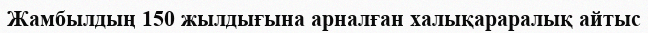
Жамбылдың 150 жылдығына арналған халықараралық айтыс